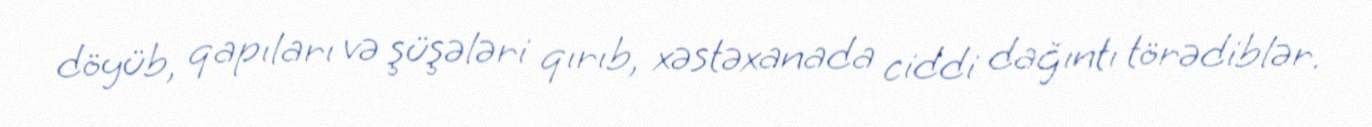
döyüb, qapıları və şüşələri qırıb, xəstəxanada ciddi dağıntı törədiblər.